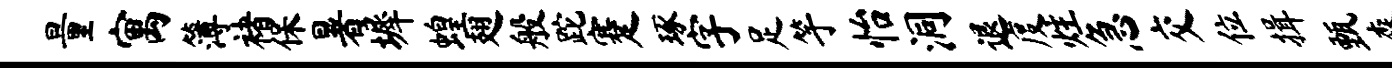
量寓簿褚保暑墀蝗翅般跎蹇琢字足竽怡洞退度炷急交位揖甄森